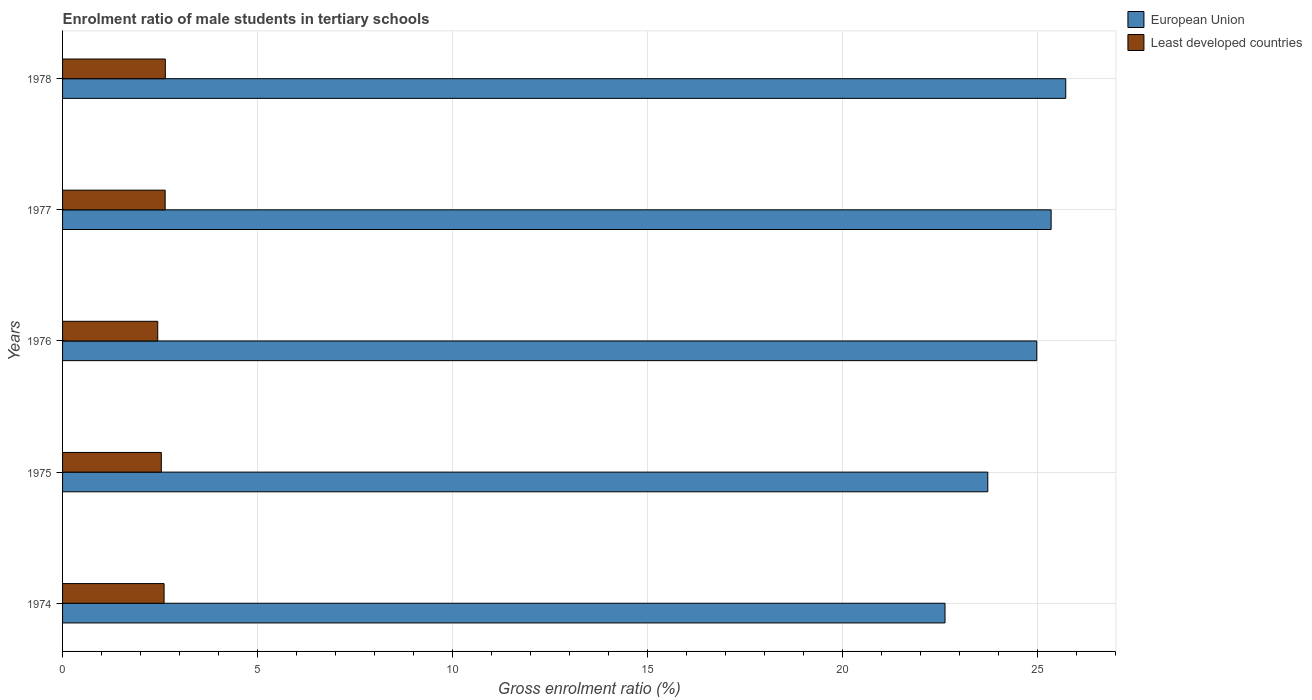
| Years | European Union | Least developed countries |
 | --- | --- | --- |
 | 1974 | 22.6 | 2.6 |
 | 1975 | 23.7 | 2.53 |
 | 1976 | 25 | 2.44 |
 | 1977 | 25.3 | 2.63 |
 | 1978 | 25.7 | 2.63 |